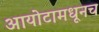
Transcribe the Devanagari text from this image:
आयोटामधूनच